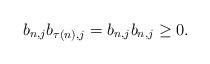
LaTeX: \begin{align*}b_{n, j}b_{\tau(n),j} = b_{n,j}b_{n,j}\ge 0.\end{align*}